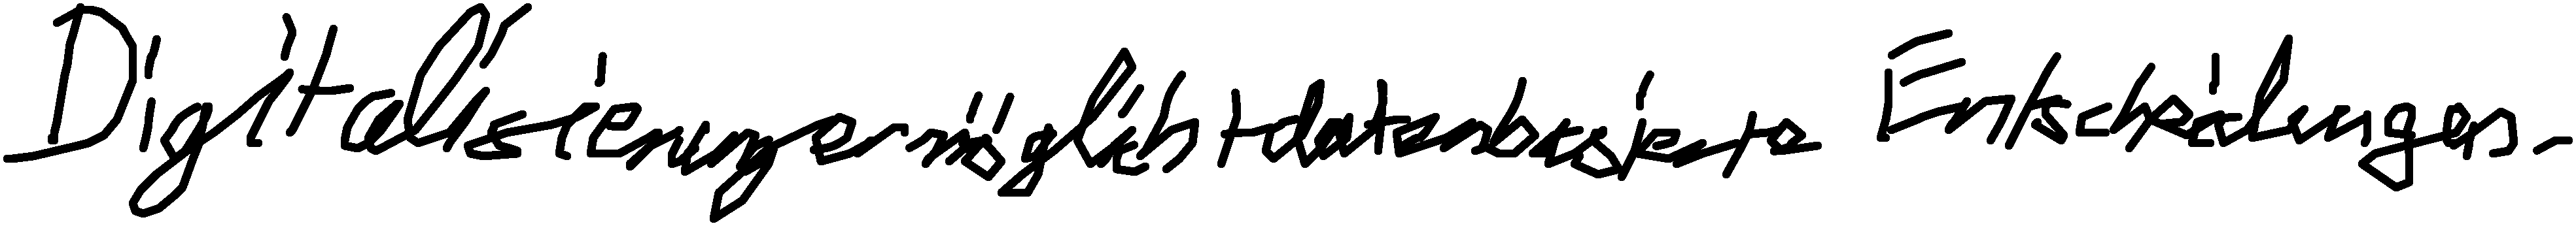
Digitalisierung ermöglicht datenbasierte Entscheidungen.